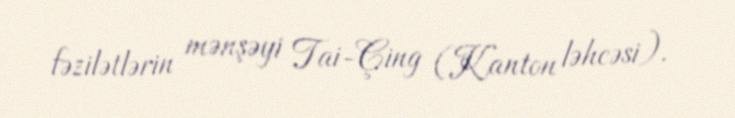
fəzilətlərin mənşəyi Tai-Çing (Kanton ləhcəsi).